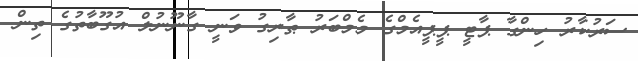
ސަރުކާރު ހިންގާ ޕާޓީ ޕީޕީއެމްގެ މެމްބަރު ޠާރިގު ވަނީ ގާނޫނުލް އުގޫބާތުގެ ތިން